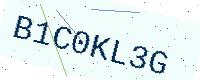
Text: B1C0KL3G